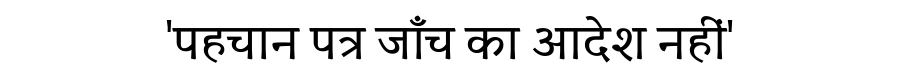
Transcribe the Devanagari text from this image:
'पहचान पत्र जाँच का आदेश नहीं'